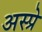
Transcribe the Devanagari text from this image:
अस्प्रे